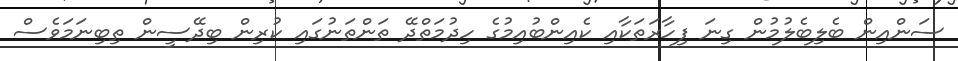
ސަންއިން ބެލިބެލުމުން ގިނަ ފިހާރަތަކާއި ކެއިންބުއިމުގެ ހިދުމަތްދޭ ތަންތަނުގައި ކުރިން ބިދޭސީން ތިބިނަމަވެސް